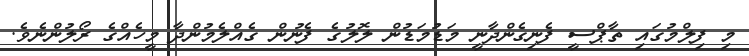
މި ފިލްމުގައި ތާޕްސީ ފެނިގެންދާނީ މަޑުމަޑުން ލޮލުގެ ފެނުން ގެއްލެމުންދާ މީހެއްގެ ރޯލުންނެވެ.